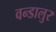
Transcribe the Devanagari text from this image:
वन्डालुर